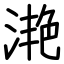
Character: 滟